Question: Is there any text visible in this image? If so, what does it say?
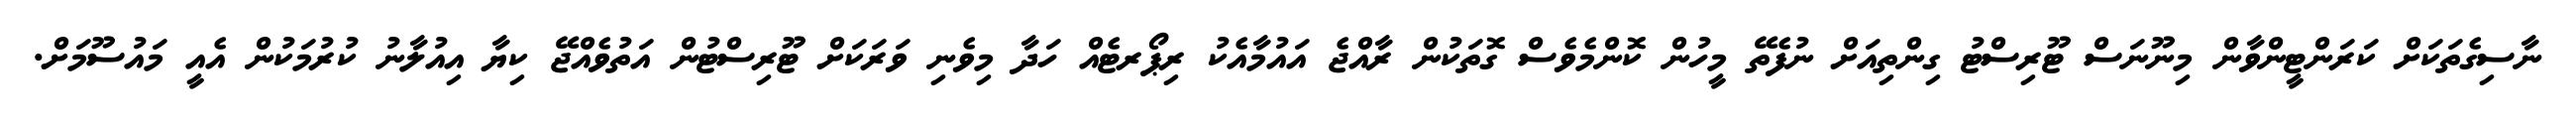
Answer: ނާސިގެތަކަށް ކަރަންޓީންވާން މިނޫނަސް ޓޫރިސްޓު ގިންތިއަށް ނުފެތޭ މީހުން ކޮންމެވެސް ގޮތަކުން ރާއްޖެ އައުމާއެކު ރިޕޯރޓެއް ހަދާ މިވެނި ވަރަކަށް ޓޫރިސްޓުން އަތުވެއްޖޭ ކިޔާ އިއުލާނު ކުރުމަކުން އެއީ މައުސޫމަށް.